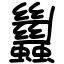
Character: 蠿